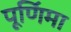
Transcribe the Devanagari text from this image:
पूणि॔मा